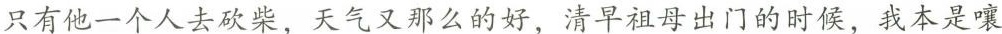
只有他一个人去砍柴，天气那么的好，今天清早祖母出去念佛的时候，我本是嚷